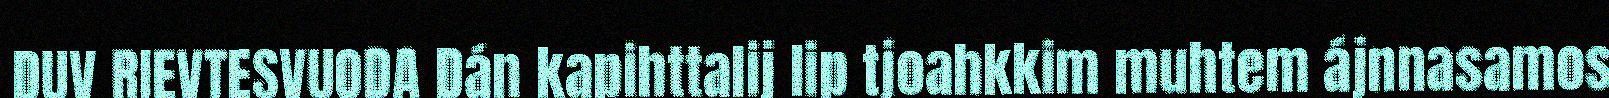
DUV RIEVTESVUODA Dán kapihttalij lip tjoahkkim muhtem ájnnasamos